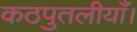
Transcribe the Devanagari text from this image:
कठपुतलीयाँ।